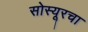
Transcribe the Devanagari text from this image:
सोस्यूरचा